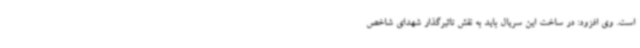
است. وی افزود: در ساخت این سریال باید به نقش تاثیرگذار شهدای شاخص